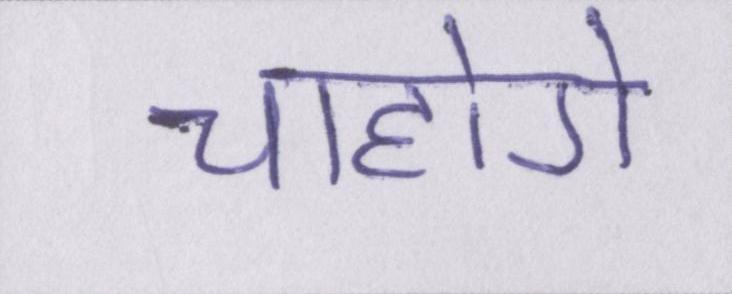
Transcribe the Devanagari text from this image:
चाहोगे